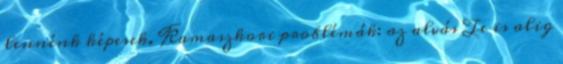
lennénk képesek. Kamaszkori problémák: az alvás Te is alig